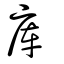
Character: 庫